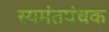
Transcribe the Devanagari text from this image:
स्यमंतपंचक